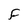
Character: f